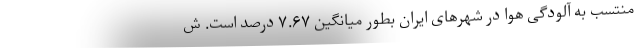
منتسب به آلودگی هوا در شهرهای ایران بطور میانگین ۷.۶۷ درصد است. ش